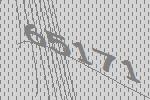
65171